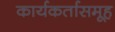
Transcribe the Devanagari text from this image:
कार्यकर्तासमूह